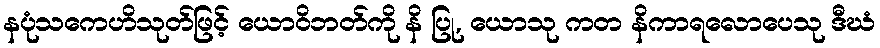
နပုံသကေဟိသုတ်ဖြင့် ယောဝိဘတ်ကို နိ ပြု, ယောသု ကတ နိကာရလောပေသု ဒီဃံ